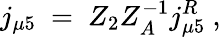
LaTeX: j_{\mu 5}\ =\ Z_{2}Z_{A}^{-1}j_{\mu 5}^{R}\ ,